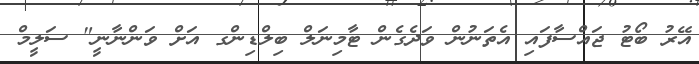
އޭރު ބޯޓު ޖައްސާފައި އެތަނުން ވަދެގެން ޓާމިނަލް ބިލްޑިންގ އަށް ވަންނާނީ" ސަލީމް